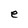
Character: e